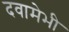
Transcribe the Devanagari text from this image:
दवामेभी